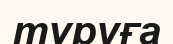
түруға